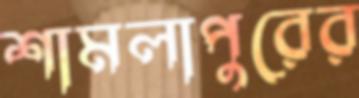
শামলাপুরের